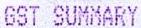
GST SUMMARY